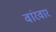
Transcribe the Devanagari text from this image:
वांरवार